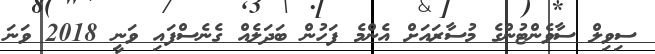
ސިވިލް ސާވެންޓުންގެ މުސާރައަށް އެންމެ ފަހުން ބަދަލެއް ގެނެސްފައި ވަނީ 2018 ވަނަ